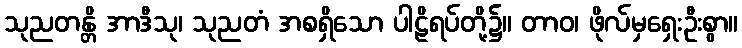
သုညတန္တိ အာဒီသု၊ သုညတံ အစရှိသော ပါဠိရပ်တို့၌။ တာဝ၊ ဖိုလ်မှရှေးဦးစွာ။